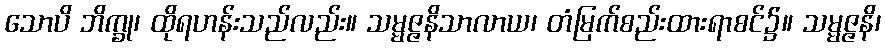
သောပိ ဘိက္ခု၊ ထိုရဟန်းသည်လည်း။ သမ္မဇ္ဇနိသာလာယ၊ တံမြက်စည်းထားရာစင်၌။ သမ္မဇ္ဇနိ၊